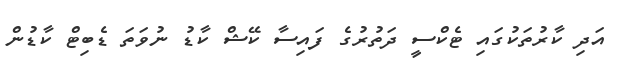
އަދި ކާރުތަކުގައި ޓެކްސީ ދަތުރުގެ ފައިސާ ކޭޝް ކާޑު ނުވަތަ ޑެބިޓް ކާޑުން